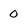
Character: 0